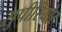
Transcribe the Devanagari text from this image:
सुपीरियोर